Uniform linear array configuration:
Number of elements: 12
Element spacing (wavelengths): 0.25
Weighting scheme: exponential
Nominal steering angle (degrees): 60
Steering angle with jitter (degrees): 58.317
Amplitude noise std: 0.05
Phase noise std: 0.05

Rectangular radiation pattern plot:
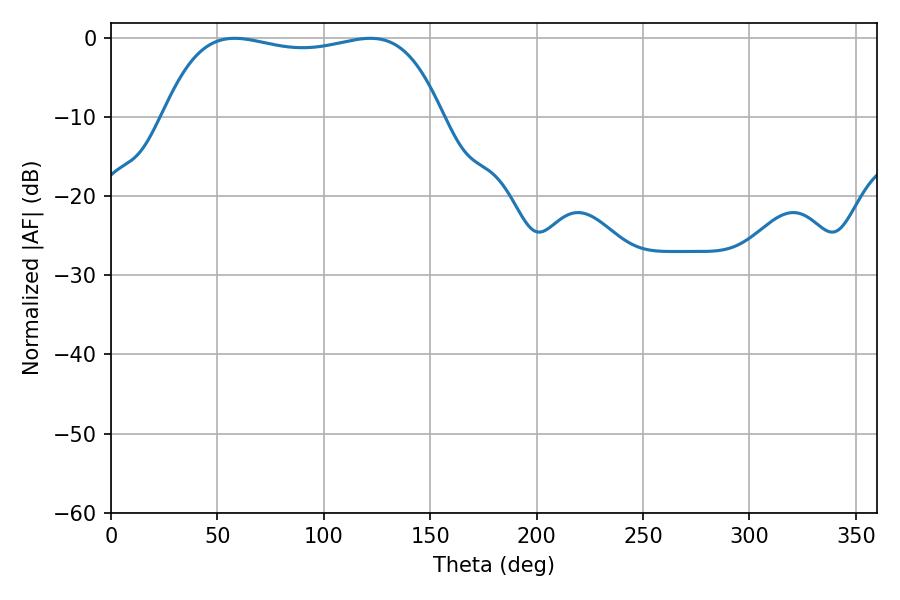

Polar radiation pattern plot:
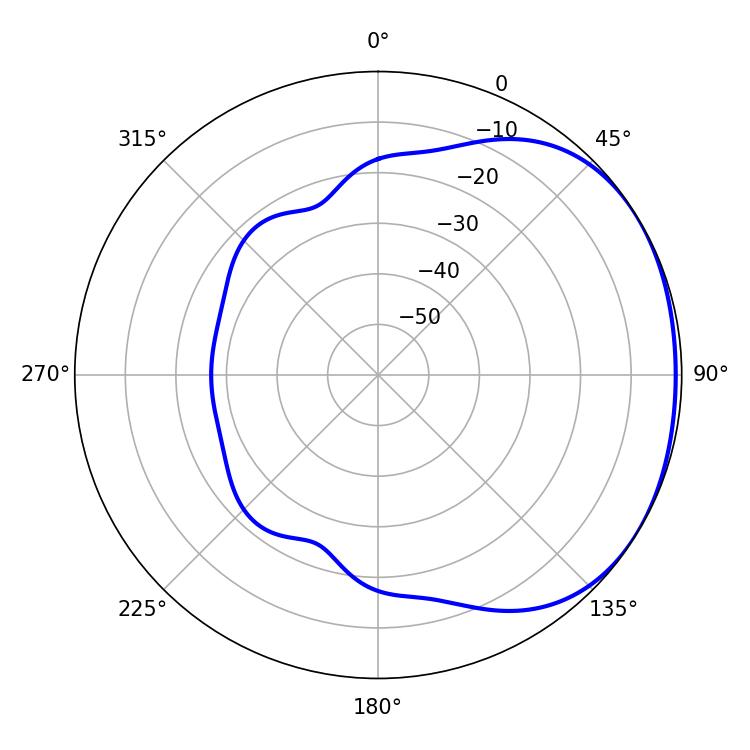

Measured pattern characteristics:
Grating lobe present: FALSE
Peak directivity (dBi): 1.448
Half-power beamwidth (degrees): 105.12
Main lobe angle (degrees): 58.14